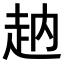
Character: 𧺬